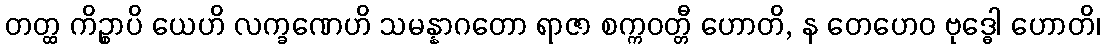
တတ္ထ ကိဉ္စာပိ ယေဟိ လက္ခဏေဟိ သမန္နာဂတော ရာဇာ စက္ကဝတ္တီ ဟောတိ, န တေဟေဝ ဗုဒ္ဓေါ ဟောတိ၊